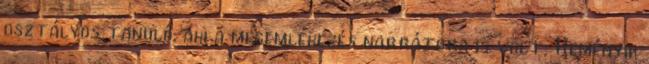
osztályos tanuló, aki a megemlékezés narrátora is volt, Reményik